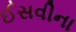
ઈસવીના